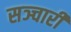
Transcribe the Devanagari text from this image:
सञ्चारी